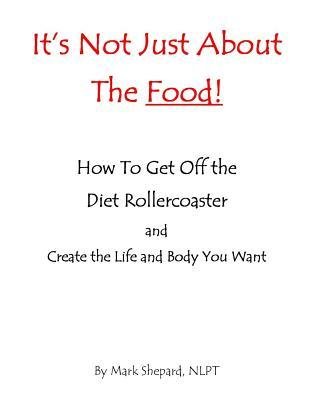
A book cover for [ It's Not Just about the Food: How to Get Off the Diet Rollercoaster and Create the Life and Body You Want with Nlp & Hypnosis by Shepard, Mark L ( Author ) Mar-2014 Paperback ]; Mark L Shepard; Health, Fitness & Dieting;